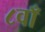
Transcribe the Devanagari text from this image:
८वाँ